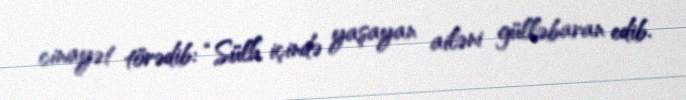
cinayət törədib: “Sülh içində yaşayan ailəni gülləbaran edib.